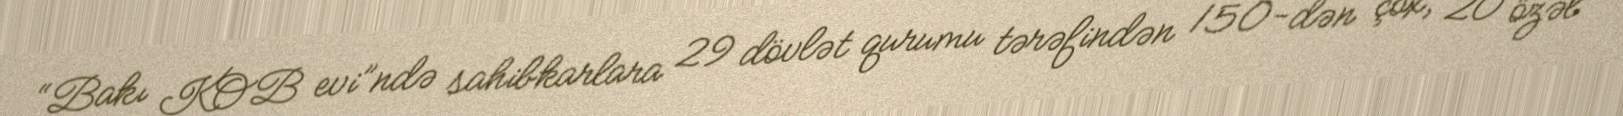
“Bakı KOB evi”ndə sahibkarlara 29 dövlət qurumu tərəfindən 150-dən çox, 20 özəl